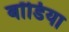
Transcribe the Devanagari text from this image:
बॉडिया